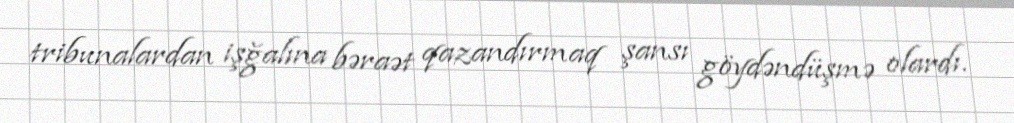
tribunalardan işğalına bəraət qazandırmaq şansı göydəndüşmə olardı.